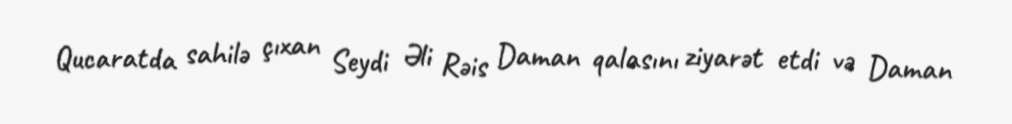
Qucaratda sahilə çıxan Seydi Əli Rəis Daman qalasını ziyarət etdi və Daman